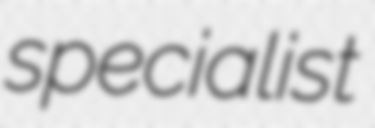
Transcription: specialist